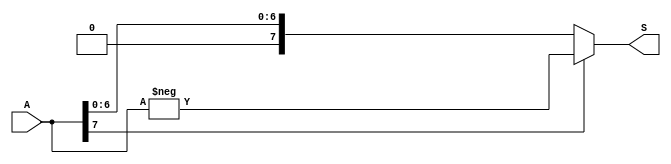
module AbsoluteValue(S,A);
	input signed [7:0] A;
	output signed [7:0] S;
	assign S =
		(A[7]==1) ? -A : A;
endmodule

module ThreeTimesAMinusB(S,A,B);
	input signed [7:0] A;
	input signed [7:0] B;
	output signed [7:0] S;
	assign S = (3*A)-B;
endmodule

module FunctionThree(S,A,B);
	input signed [7:0] A;
	input signed [7:0] B;
	output signed [7:0] S;
	wire signed [7:0] tmp;

	ThreeTimesAMinusB threeTimesAMinusB(tmp,A,B);
	AbsoluteValue absoluteValue(S,tmp);
endmodule